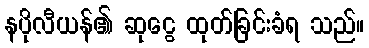
နပိုလီယန်၏ ဆုငွေ ထုတ်ခြင်းခံရ သည်။